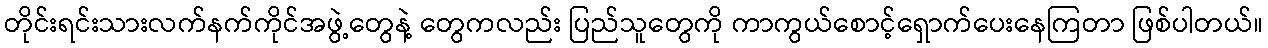
တိုင်းရင်းသားလက်နက်ကိုင်အဖွဲ့တွေနဲ့ တွေကလည်း ပြည်သူတွေကို ကာကွယ်စောင့်ရှောက်ပေးနေကြတာ ဖြစ်ပါတယ်။